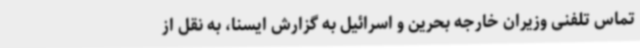
تماس تلفنی وزیران خارجه بحرین و اسرائیل به گزارش ایسنا، به نقل از